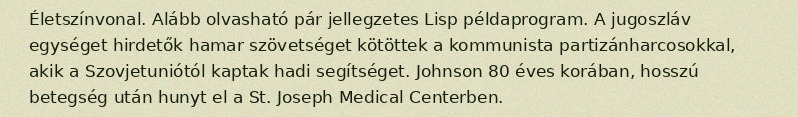
Életszínvonal. Alább olvasható pár jellegzetes Lisp példaprogram. A jugoszláv egységet hirdetők hamar szövetséget kötöttek a kommunista partizánharcosokkal, akik a Szovjetuniótól kaptak hadi segítséget. Johnson 80 éves korában, hosszú betegség után hunyt el a St. Joseph Medical Centerben.